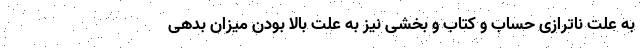
به علت ناترازی حساب و کتاب و بخشی نیز به علت بالا بودن میزان بدهی